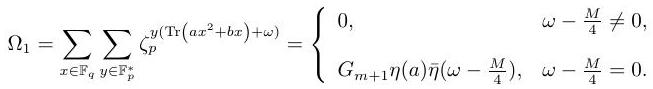
$\Omega_{1}=\sum_{x \in \mathbb{F}_{q}} \sum_{y \in \mathbb{F}_{p}^{*}} \zeta_{p}^{y\left(\operatorname{Tr}\left(a x^{2}+b x\right)+\omega\right)}= \begin{cases}0, & \omega-\frac{M}{4} \neq 0, \\ G_{m+1} \eta(a) \bar{\eta}\left(\omega-\frac{M}{4}\right), & \omega-\frac{M}{4}=0 .\end{cases}$